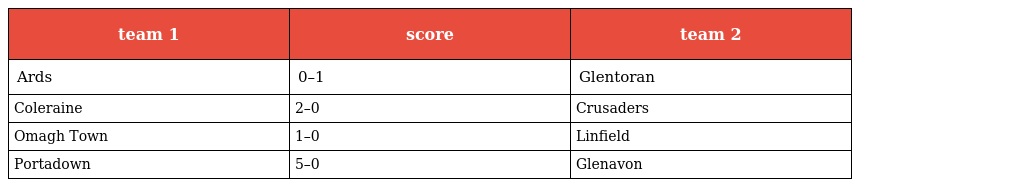
| team 1 | score | team 2 |
 | --- | --- | --- |
 | Ards | 0–1 | Glentoran |
 | Coleraine | 2–0 | Crusaders |
 | Omagh Town | 1–0 | Linfield |
 | Portadown | 5–0 | Glenavon |